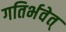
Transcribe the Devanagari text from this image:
गतिर्भवेत्